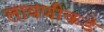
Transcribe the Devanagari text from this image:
लावणीकडे